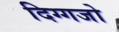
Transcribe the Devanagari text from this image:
दिग्गजो